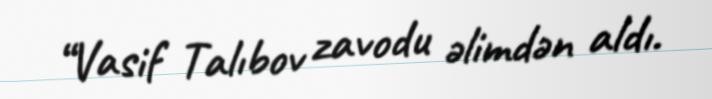
“Vasif Talıbov zavodu əlimdən aldı.